Civil Veterinary Department. Central Provinces & Berar 1925-31 - 1925-1931
Year: 1925
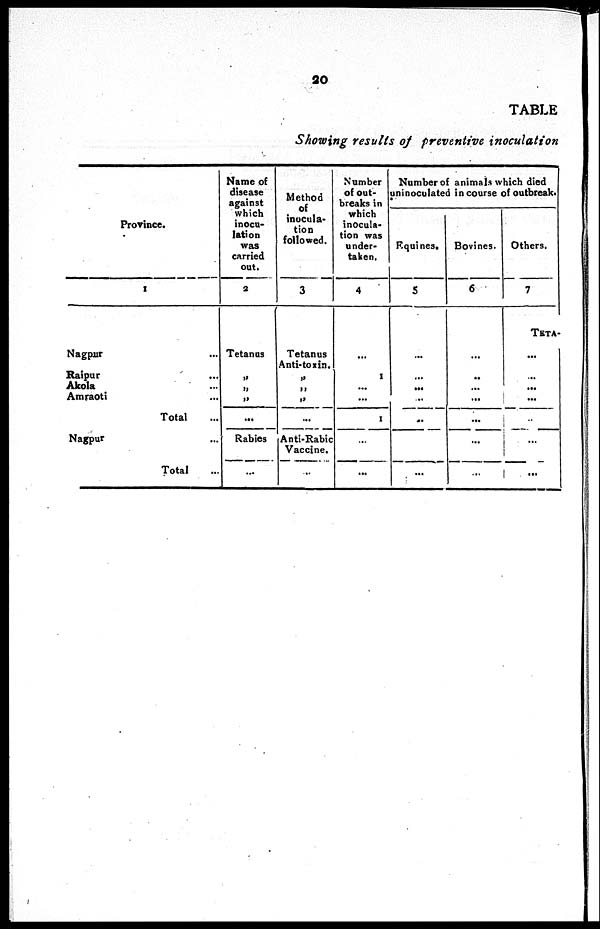
No. 2022, REVENUE, 4TH SEPTEMBER 1915.
11
Castes to which the students belong—
Brahmans ... ... ... ... ... ... ... ...
Non-Brahmans ... ... ... ... ... ... ... ...
Muhammadans ... ... ... ... ... ... ... ...
Nativo Christians ... ... ... ... ... ... ... ...
38
11
Nil
2
Districts to which the students belong—
Bangalore ... ...
Coimbatore ... ...
Cuddapah ... ...
Cochin State ... ...
Gōdāvari ... ... ...
Guntūr ... ... ...
Kistna ... ... ...
Madras ... ... ...
Malabar ... ... ...
Madura ... ... ...
3
2
1
3
1
3
2
2
10
1
Nelloro ... ... ...
Pudukottah ... ...
Salem ... ... ...
South Arcot ... ...
North Arcot ... ...
South Canara ... ...
Tanjore ... ... ...
Trichinopoly ... ...
Tinnevelly ... ...
2
2
3
2
2
1
5
1
5
The selection of candidates for admission into class A for the year 1915-16 was
held on the 5th January 1915. Government having sanctioned in their order No. 2864,
Press, dated 2nd October 1914, that the number forming the class should now be
increased from 20 students to 30 and correspondingly increasing the number of
stipends, 45 students were selected, consisting of 1 B.A., 2 matriculates and 42
school-final men. Of these the 1 graduate and 12 of the school-final candidates
never attended college and 2 more have been permitted to resign. There were three
students who had failed their first professional in December 1914. Therefore the
class at the end of March 1915 consisted of 33 students.
4. Professional examinations.—The annual professional examinations were
conducted from the 14th to the 19th December 1914 both days inclusive. The Board
of Examiners was constituted by the same members as in the previous year as
follows:—
President.
Lt.-Col. A. Smith, I.C.V.D,. Principal, Bengal Veterinary College.
Members.
1. Mr. K. Hewlett, I.C.V.D,. Principal, Bombay Veterinary College.
2. Mr. F. Ware, I.C.V.D,. Superintendent, Civil Veterinary Department.
Madras.
The results of the examination are shown in the following table:—
Class.
A
..
..
..
..
B .. .. .. ..
C .. .. .. ..
Number presented
16
18
16
Number passed.
12
17
12
Percentage of
passes.
75
944
76
A comparison of the percentage of passes for the last four years is given
below:—
—
Class A .. .. ..
„
B
..
..
..
„
C
..
..
..
1911.
75
78.9
76.4
1912.
85
80
73.6
1913.
84.2
78 9
85.7
1914.
75
94.4
75
The Board of Examiners considered the results were satisfactory but remarked
that "there was a tendency for the students at this college to neglect the practical
side of their profession and that they were somewhat weak in the handling of
animals". In connection with this remark, the Report of the Board of Examiners
would have been more complete if the Board had embodied in it a remark to the effect,
that during the year the teaching staff bad been a lecturer short for over two months,
that the Assistant Principal had been on sick and privilege leave for six months, the
Principal absent on deputation for two months and pointed out that the practical classes
taken by these officers had been carried on by new lecturers in their absence.